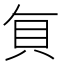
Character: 𮙭